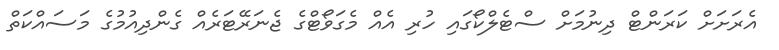
އެރަށަށް ކަރަންޓް ދިނުމަށް ސްޓެލްކޯގައި ހުރި އެއް މެގަވޯޓްގެ ޖެނަރޭޓަރެއް ގެންދިއުމުގެ މަސައްކަތް